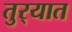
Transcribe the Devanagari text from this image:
तुर्‍यात